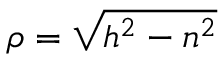
\textstyle \rho = { \sqrt { h ^ { 2 } - n ^ { 2 } } }